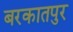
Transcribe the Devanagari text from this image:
बरकातपुर